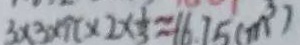
3 \times 3 \times 9 \pi \times 2 \times \frac { 1 } { 3 } \approx 1 6 . 7 5 ( m ^ { 3 } )